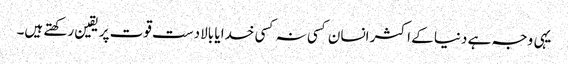
یہی وجہ ہے دنیا کے اکثر انسان کسی نہ کسی خدا یا بالادست قوت پر یقین رکھتے ہیں۔